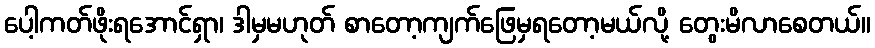
ပေါ့ကတ်ဖိုးရအောင်ရှာ၊ ဒါမှမဟုတ် စာတော့ကျက်ဖြေမှရတော့မယ်လို့ တွေးမိလာစေတယ်။